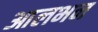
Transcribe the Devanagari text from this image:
आलभन